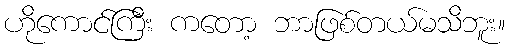
ဟိုကောင်ကြီး ကတော့ ဘာဖြစ်တယ်မသိဘူး။